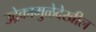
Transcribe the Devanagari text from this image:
उद्रेकामुळेदेखील